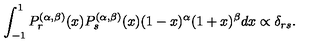
\int _ { - 1 } ^ { 1 } P _ { r } ^ { ( \alpha , \beta ) } ( x ) P _ { s } ^ { ( \alpha , \beta ) } ( x ) ( 1 - x ) ^ { \alpha } ( 1 + x ) ^ { \beta } d x \propto \delta _ { r s } .